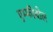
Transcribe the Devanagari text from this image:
एम्फीबोल